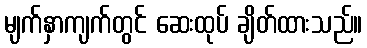
မျက်နှာကျက်တွင် ဆေးထုပ် ချိတ်ထားသည်။